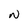
Character: N